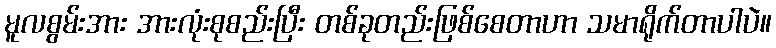
မူလစွမ်းအား အားလုံးစုစည်းပြီး တစ်ခုတည်းဖြစ်စေတာဟာ သမာရိုက်တာပါပဲ။